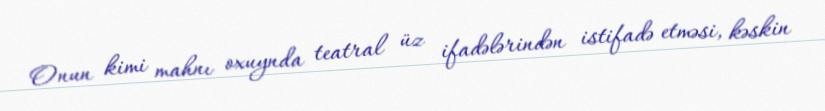
Onun kimi mahnı oxuynda teatral üz ifadələrindən istifadə etməsi, kəskin